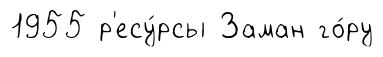
1955 р'есу́рсы Заман го́ру